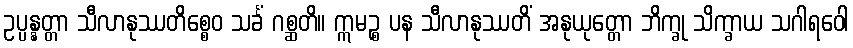
ဥပ္ပန္နတ္တာ သီလာနုဿတိစ္စေဝ သင်္ခံ ဂစ္ဆတိ။ ဣမဉ္စ ပန သီလာနုဿတိံ အနုယုတ္တော ဘိက္ခု သိက္ခာယ သဂါရဝေါ